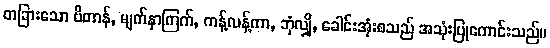
တခြားသော ဗိတာန်, မျက်နှာကြက်, ကန့်လန့်ကာ, ဘုံလျှို, ခေါင်းအုံးစသည် အသုံးပြုကောင်းသည်။